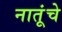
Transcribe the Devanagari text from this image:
नातूंचे